Indian journal of veterinary science and animal husbandry - Volume 14,
Year: 1944
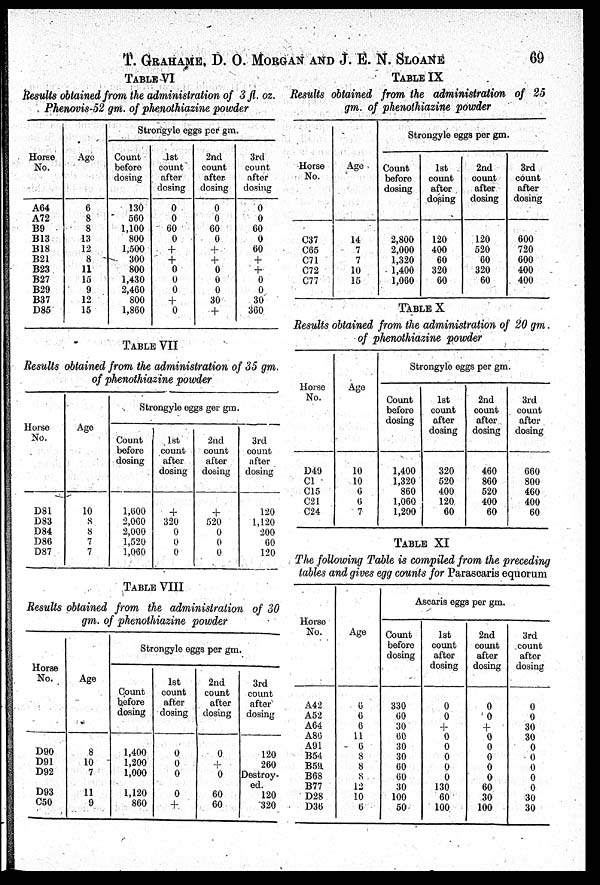
T. GRAHAME, D. O. MORGAN AND J. E. N. SLOANE 69
TABLE VI
Results obtained from the administration of 3 fl. oz.
Phenovis-52 gm. of phenothiazine powder
Horse
No.
A64
A72
B9
B13
B18
B21
B23
B27
B29
B37
D85
Age
6
8
8
13
12
8
11
15
9
12
15
Strongyle eggs per gm.
Count
before
dosing
130
560
1,100
800
1,500
300
800
1,430
2,460
800
1,860
1st
count
after
dosing
0
0
60
0
+
+ 0
0
0
+
0
2nd
count
after
dosing
0
0
60
0
+
+ 0
0
0
30
+
3rd
count
after
dosing
0
0
60
0
60
+ +
0
0
30
360
TABLE
VII
Results obtained from the administration of 35 gm.
of phenothiazine powder
Horse
No.
D81
D83
D84
D86
D87
Age
10
8
8
7
7
Strongyle eggs ger gm.
Count
before
dosing
1,600
2,060
2,000
1,520
1,060
1st
count
after
dosing
+
320
0
0
0
2nd
count-
after
dosing
+
520
0
0
0
3rd
count
after
dosing
120
1,120
200
60
120
TABLE VIII
Results obtained from the administration of 30
gm. of phenothiazine powder
Horse
No.
D90
D91
D92
D93
C50
Age
8
10
7
11
9
Strongyle eggs per gm.
Count
before
dosing
1,400
1,200
1,000
1,120
860
1st
count
after
dosing
0
0
0
0
+
2nd
count
after
dosing
0
+
0
60
60
3rd
count
after
dosing
120
260
Destroy-
ed.
120
320
TABLE IX
Results obtained from the administration of 25
gm. of phenothiazine powder
Horse
No.
C37
C65
C71
C72
C77
Age
14
7
7
10
15
Strongyle eggs per gm.
Count
before
dosing
2,800
2,000
1,320
1,400
1,060
1st
count
after
dosing
120
400
60
320
60
2nd
count
after
dosing
120
520
60
320
60
3rd
count
after
dosing
600
720
600
400
400
TABLE X
Results obtained from the administration of 20 gm.
of phenothiazine powder
Horse
No.
D49
C1
C15
C21
C24
Age
10
10
6
6
7
Strongyle eggs per gm.
Count
before
dosing
1,400
1,320
860
1,060
1,200
1st
count
after
dosing
320
520
400
120
60
2nd
count
after
dosing
460
860
520
400
60
3rd
count
after
dosing
660
800
460
400
60
TABLE XI
The following Table is compiled from the preceding
tables and gives egg counts for Parascaris equorum
Horse
No.
A42
A52
A64
A86
A91
B54
B59
B68
B77
D28
D36
Age
6
6
6
11
6
8
8
8
12
10
6
Ascaris eggs per gm.
Count
before
dosing
330
60
30
60
30
30
60
60
30
100
50
1st
count
after
dosing
0
0
+
0
0
0
0
0
130
60
100
2nd
count
after
dosing
0
0
+
0
0
0
0
0
60
30
100
3rd
count
after
dosing
0
0
30
30
0
0
0
0
0
30
30